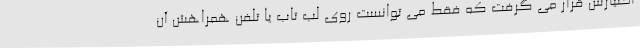
اختیارش قرار می گرفت که فقط می توانست روی لب تاب یا تلفن همراهش آن